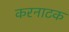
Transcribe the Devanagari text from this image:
करनाटक